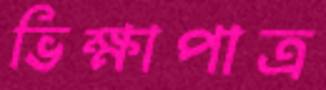
ভিক্ষাপাত্র